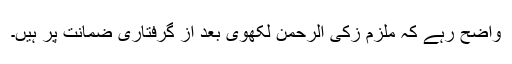
واضح رہے کہ ملزم زکی الرحمن لکھوی بعد از گرفتاری ضمانت پر ہیں۔